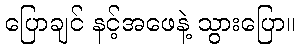
ပြောချင် နင့်အဖေနဲ့ သွားပြော။